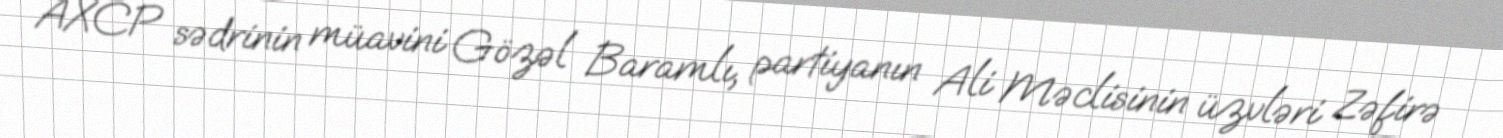
AXCP sədrinin müavini Gözəl Baramlı, partiyanın Ali Məclisinin üzvləri Zəfirə